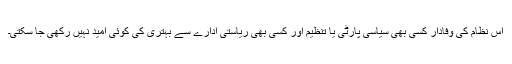
اس نظام کی وفادار کسی بھی سیاسی پارٹی یا تنظیم اور کسی بھی ریاستی ادارے سے بہتری کی کوئی امید نہیں رکھی جا سکتی۔